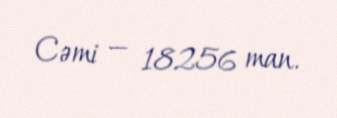
Cəmi — 18256 man.